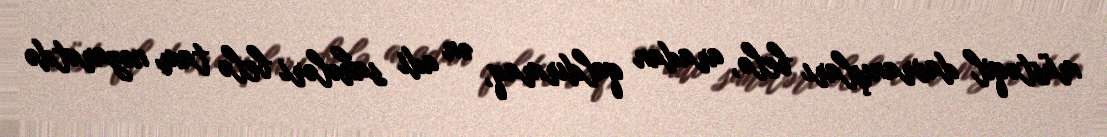
müstəqil davranışları belə, aradan qaldırmaq, ən adi sahələri belə tam nəzarətdə